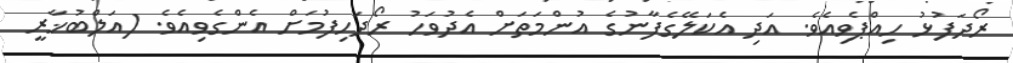
ރޯދަފުޅު ހިއްޕެވިއެވެ. އަދި އެކަލޭގެފާނުގެ އުންމަތަށް އެދުވަހު ރޯދަހިފުމަށް އެންގެވިއެވެ. (އަލްބުޚާރީ